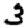
Digit: 3